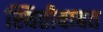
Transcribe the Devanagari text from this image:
स्थितीबाबत